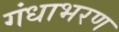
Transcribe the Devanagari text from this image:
गंधाभरण